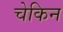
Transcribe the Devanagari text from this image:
चेकिन